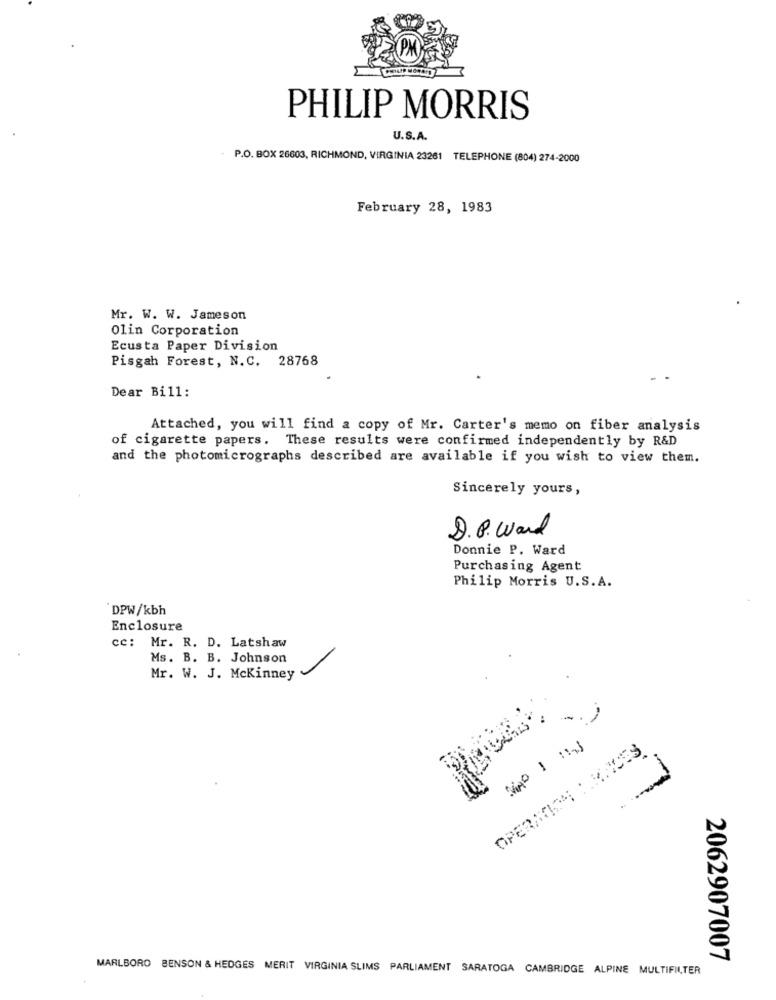
PHILIP MORRIS
U.S.A.
P.O. BOX 26603, RICHMOND, VIRGINIA 23261 TELEPHONE (804) 274-2000
February 28, 1983
Mr. W. W. Jameson
Olin Corporation
Ecusta Paper Division
28768
Pisgah Forest, N.C.
Dear Bill:
Attached, you will find a copy of Mr. Carter's memo on fiber analysis
of cigarette papers. These results were confirmed independently by R&D
and the photomicrographs described are available if you wish to view them.
Sincerely yours,
D.P. Word
Donnie P. Ward
Purchasing Agent
Philip Morris U.S.A.
`DPW/kbh
Enclosure
cc: Mr. R. D. Latshaw
Ms. B. B. Johnson
Mr. W. J. Mckinney
OPERATION :. KNIVES
2062907007
MARLBORO BENSON & HEDGES MERIT VIRGINIA SLIMS PARLIAMENT SARATOGA CAMBRIDGE ALPINE MULTIFILTER